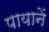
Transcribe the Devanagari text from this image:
पायानें